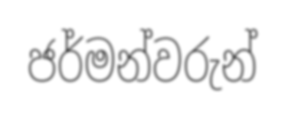
ජර්මන්වරුන්